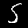
Digit: 5